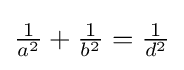
{\tfrac {1}{a^{2}}}+{\tfrac {1}{b^{2}}}={\tfrac {1}{d^{2}}}